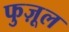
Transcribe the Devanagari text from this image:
फुज़ूल